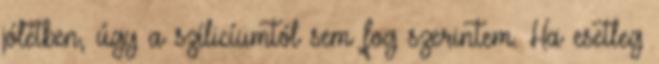
jólétben, úgy a szílicíumtól sem fog szerintem. Ha esetleg